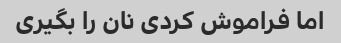
اما فراموش کردی نان را بگیری